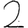
Digit: 2